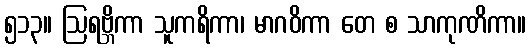
၅၁၃။ ဩရဗ္ဘိကာ သူကရိကာ၊ မာဂဝိကာ တေ စ သာကုဏိကာ။